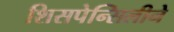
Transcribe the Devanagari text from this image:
शिसपेन्सिलीने